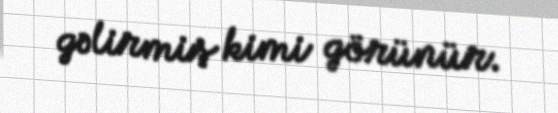
gəlirmiş kimi görünür.